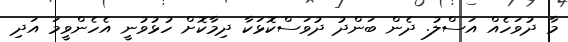
މާ ދުވަހެއް އަސްލު. ދެން ބަންދު ދުވަސްކޮޅަކާ ދިމާކޮށް ހުޅުވުނީ އެހެންވީމަ އަދި